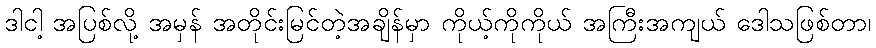
ဒါငါ့ အပြစ်လို့ အမှန် အတိုင်းမြင်တဲ့အချိန်မှာ ကိုယ့်ကိုကိုယ် အကြီးအကျယ် ဒေါသဖြစ်တာ၊